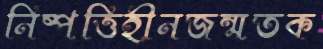
নিষ্পত্তিহীনজন্মতক